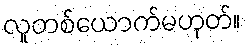
လူတစ်ယောက်မဟုတ်။